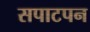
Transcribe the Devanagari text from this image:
सपाटपन